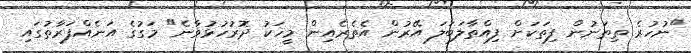
"ނުހުރެ ތިތަނުން ފިތަކަށް ފިއްތާލަބަލަ އޭރުން އެތެރެއިން މީހަކު ދޮރުހުޅުވާނެ" މަގުގެ އަނެއްފަރާތުގައި